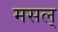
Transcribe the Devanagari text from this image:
मसल्‌